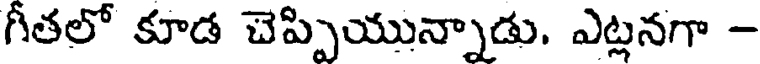
గీతలో కూడ చెప్పియున్నాడు. ఎట్లనగా -